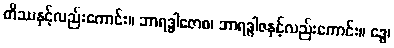
တိဿနှင့်လည်းကောင်း။ ဘာရဒွါဇောစ၊ ဘာရဒွါဇနှင့်လည်းကောင်း။ ဒွေ၊